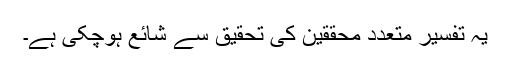
یہ تفسیر متعدد محققین کی تحقیق سے شائع ہوچکی ہے۔